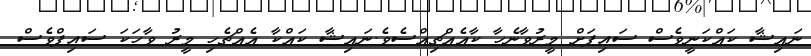
ނަައިޝާ ކައްކަނީވެސް ސައިފަށް މީރުވާނެހާ ކާއެއްޗިއްސެވެ.ނައިޝާ ކައްކާ އެއްޗެހި މީރު ވާހަކަ ސައިފްވެސް